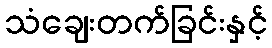
သံချေးတက်ခြင်းနှင့်